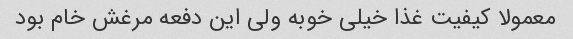
معمولا کیفیت غذا خیلی خوبه ولی این دفعه مرغش خام بود